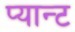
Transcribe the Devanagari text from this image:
प्यान्ट